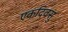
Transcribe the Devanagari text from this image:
एकदिवसु